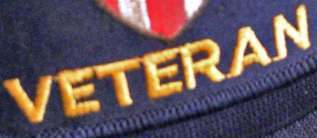
VETERAN